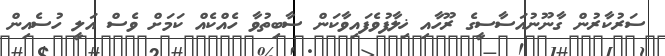
ސަރުކާރުން ގާނޫނުއަސާސީގެ ރޫހާއި ޚިލާފުވެފައިވާކަން ސާބިތުވާ ހެއްކެއް ކަމަށް ވެސް އަލީ ހުސެއިން